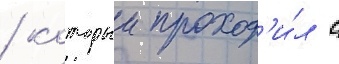
/ которыи проход'и́л с